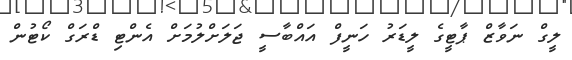
ލީގް ނަވާޒް ޕާޓީގެ ލީޑަރު ހަނީފް އައްބާސީ ޖަލަށްލުމަށް އެންޓި ޑްރަގް ކޯޓުން